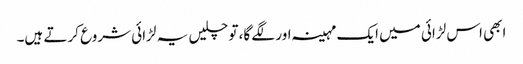
ابھی اس لڑائی میں ایک مہینہ اور لگے گا، تو چلیں یہ لڑائی شروع کرتے ہیں۔